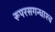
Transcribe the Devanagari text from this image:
रूपरसगन्धाश्च